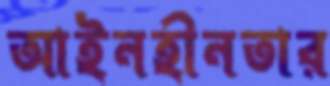
আইনহীনতার